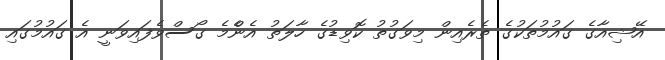
އޭޝިއާގެ ގައުމުތަކުގެ ތެރެއިން މިވަގުތު ކޮވިޑުގެ ހާލަތު އެންެމެ ގޯސްވެފައިވަނީ އެ ގައުމުގައި